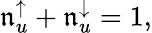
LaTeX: \mathfrak{n}_{u}^{\uparrow}+\mathfrak{n}_{u}^{\downarrow}=1,